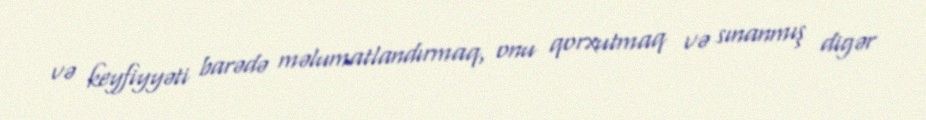
və keyfiyyəti barədə məlumatlandırmaq, onu qorxutmaq və sınanmış digər